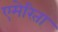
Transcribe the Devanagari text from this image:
एमेरिता